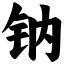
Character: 钠